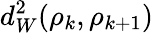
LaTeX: d_{W}^{2}(\rho_{k},\rho_{k+1})